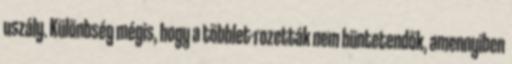
uszály. Különbség mégis, hogy a többlet-rozetták nem büntetendők, amennyiben